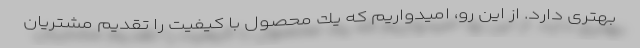
بهتری دارد. از این رو، اميدواريم كه يك محصول با كيفيت را تقديم مشتريان